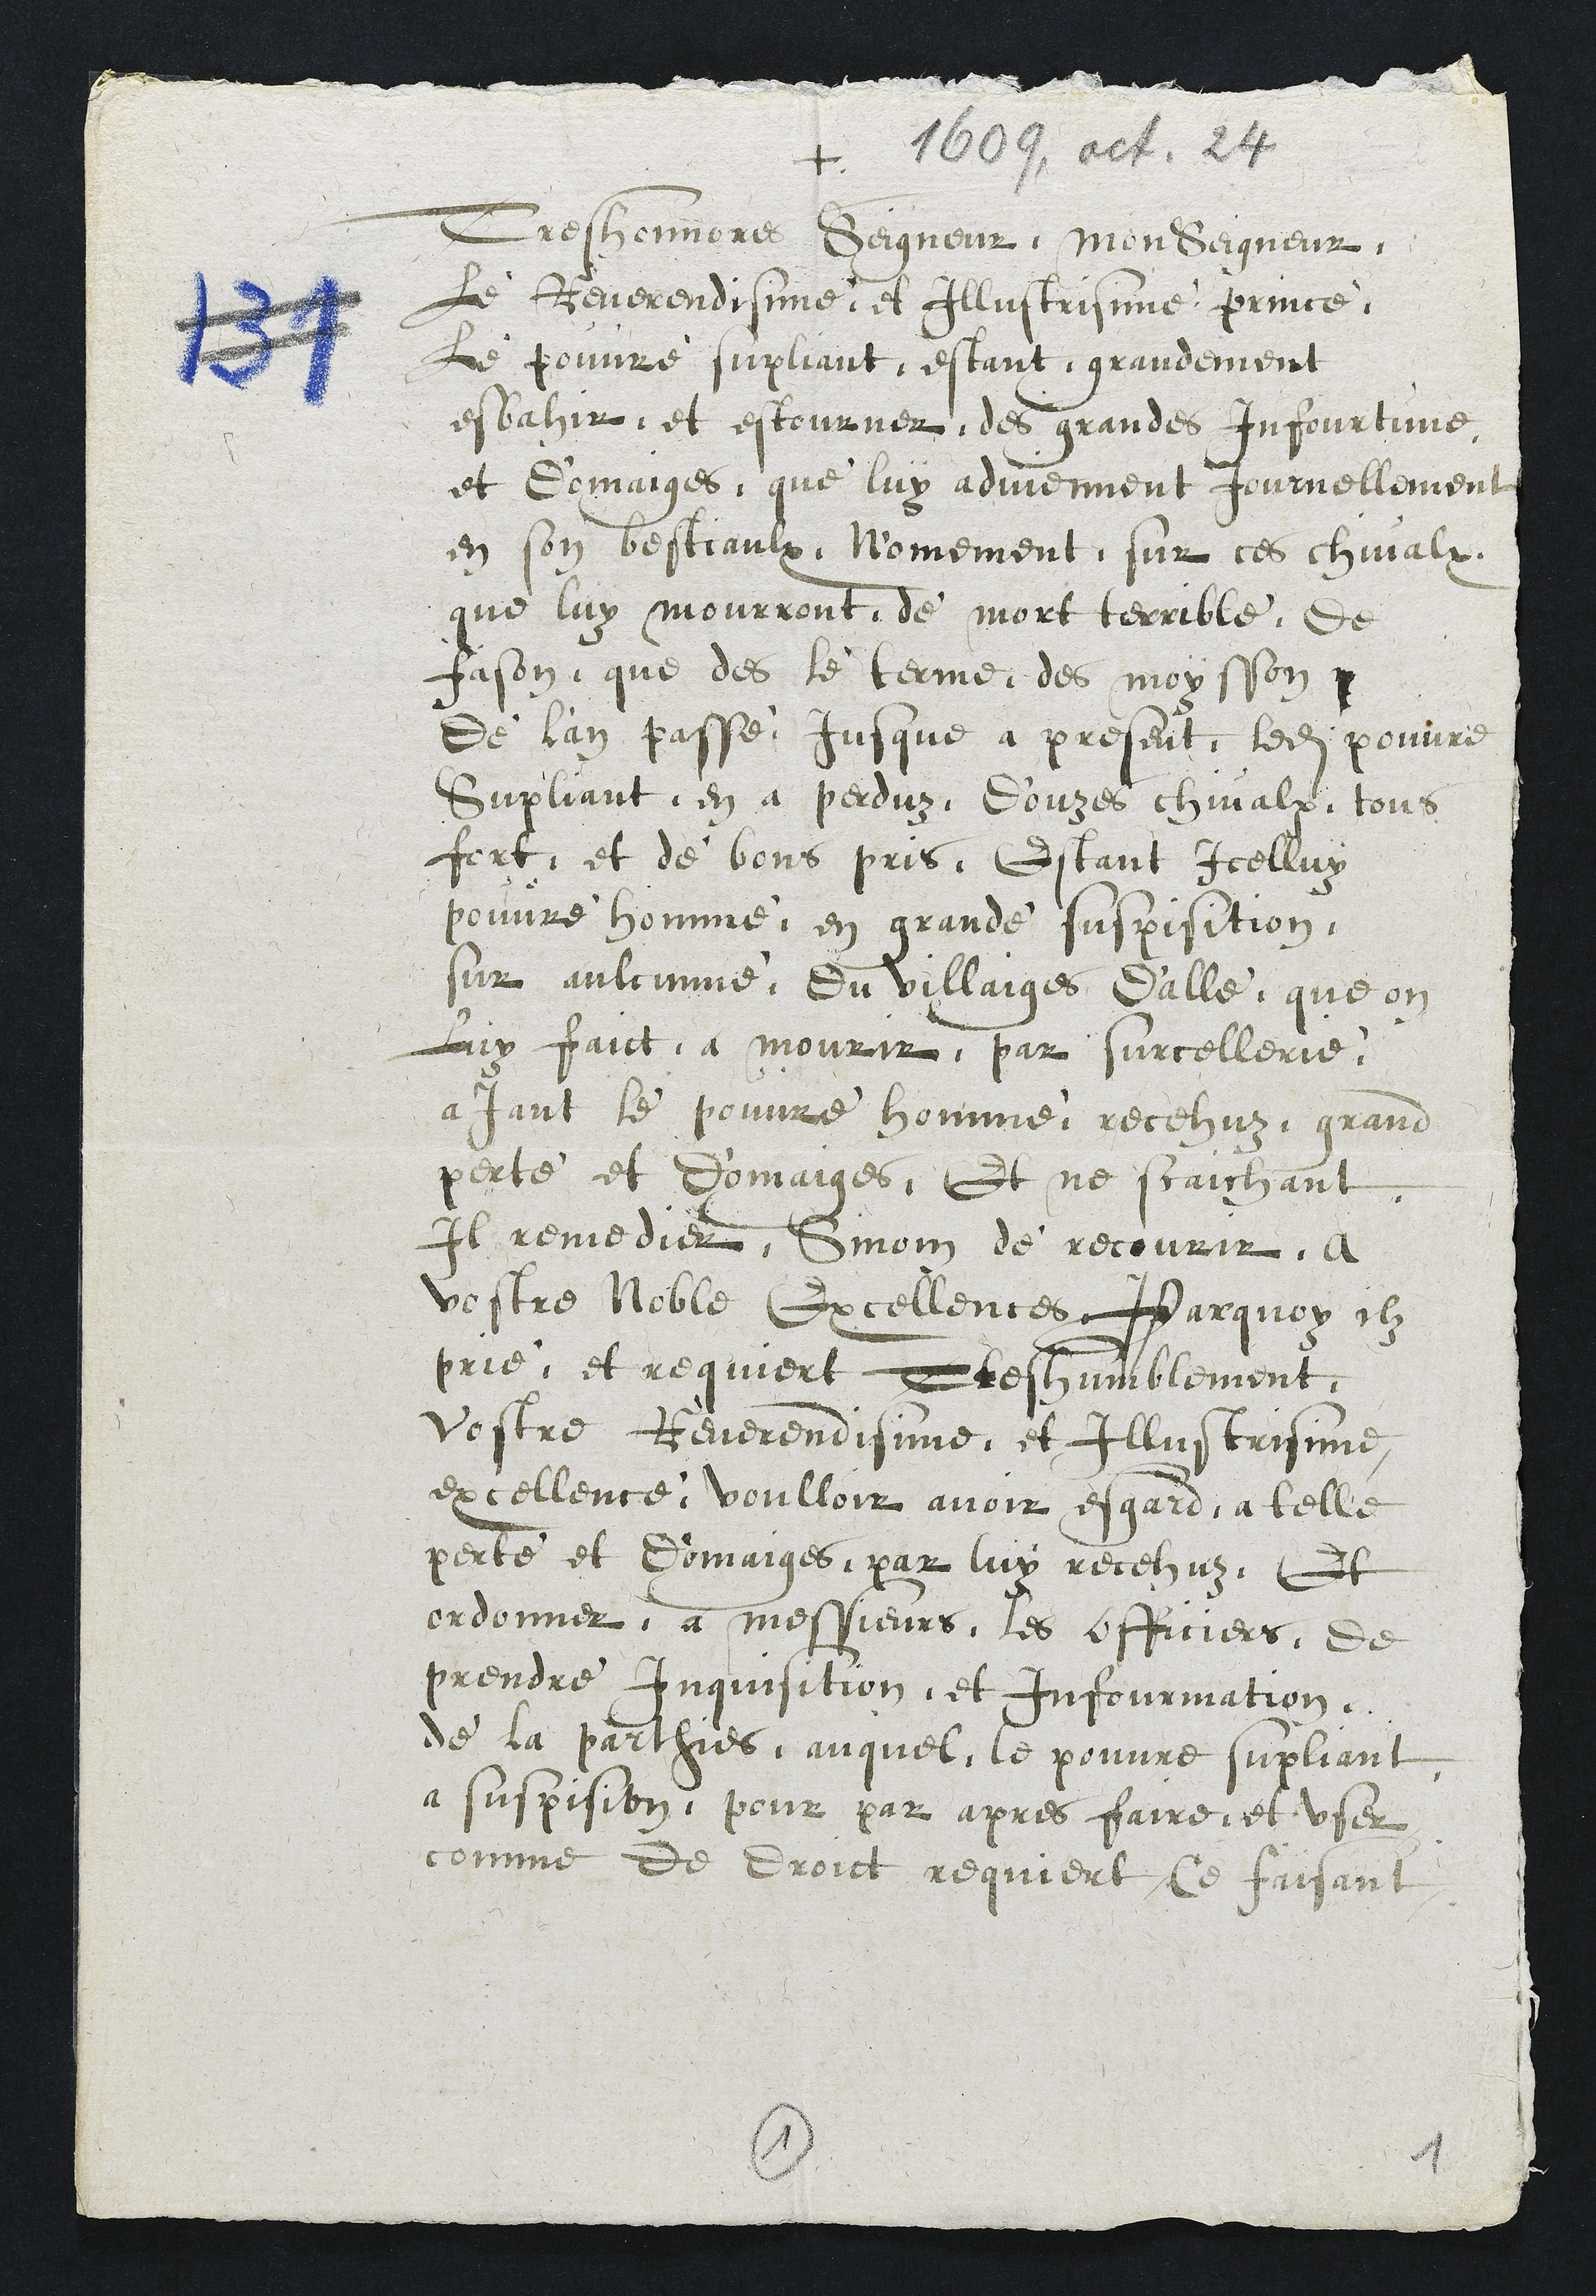
+
Tres honnore Seigneur, Monseigneur,
le Reverendisime et Illustrisime Prince,
Le pouvre supliant, estant grandement
esbahir et estourner des grandes Infourtune
et domaiges, que luy adviennent Journellement
en son bestiaulx, Nomement sur ces chivalx
que luy mourront de mort terrible, de
fason que des le terme des moysson
De l'an passé jusque a present, ledit pouvre
Supliant en a perduz, douzes chivalx, tous
fort, et de bons pris, Estant icelluy
pouvre homme en grande suspisition,
sur aulcunne du villaiges d'alle, que on
luy faict a mourir par surcellerie,
aJant le pouvre homme recehuz, grand
perte et domaiges, Et ne scaichant
Il remedier, Sinon de recourir, a
vostre Noble Excellences, Parquoy ilz
prie, et requiert Tres humblement
Vostre Reverendisime et Illustrisime
excellence voulloir avoir esgard a telle
perte et domaiges, par luy recehuz, Et
ordonner a messieurs les officiers, de
prendre inquisition et infourmation
de la parthies, auquel le pouvre supliant
a suspision, pour par apres faire et user
comme de droict requiert, Ce faisant
1
1